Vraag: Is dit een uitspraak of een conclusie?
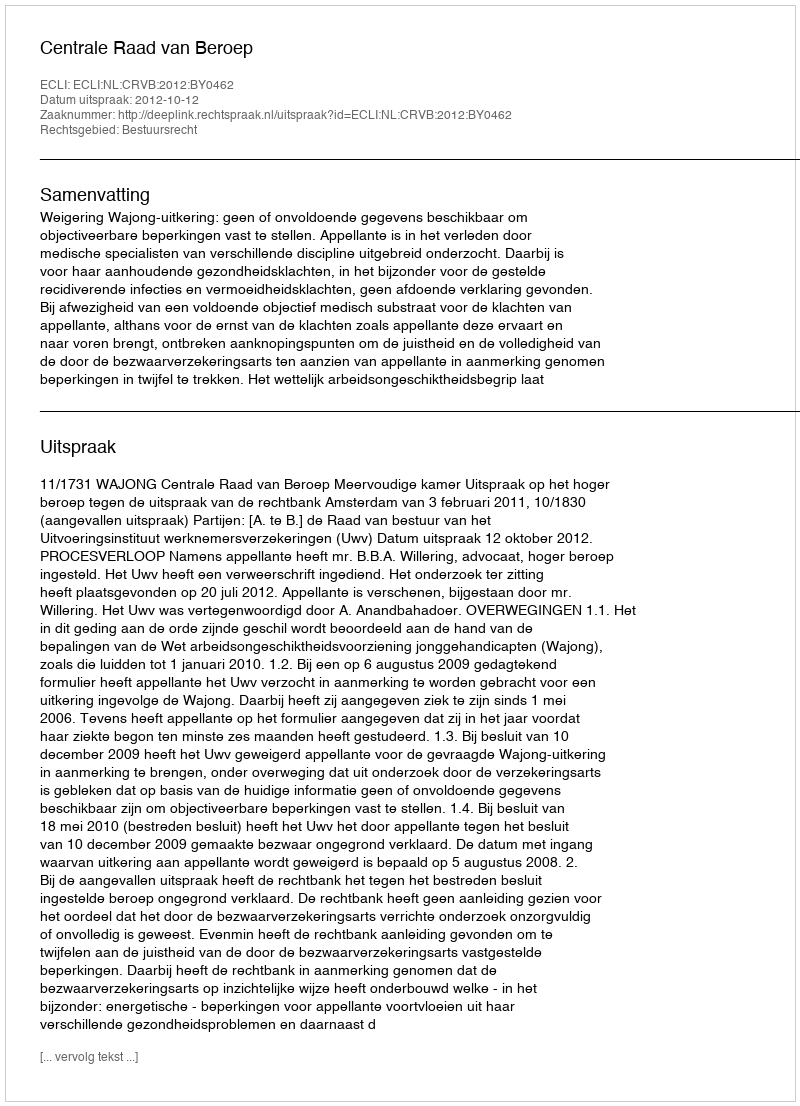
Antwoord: Uitspraak